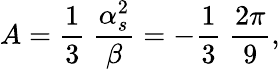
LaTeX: A={\frac{1}{3}}~{\frac{\alpha_{s}^{2}}{\beta}}=-{\frac{1}{3}}~{\frac{2\pi}{9}},